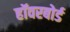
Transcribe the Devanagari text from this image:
हॉवरबोर्ड